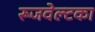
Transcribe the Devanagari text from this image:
रूजवेल्टका